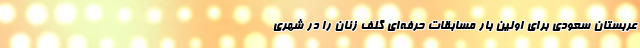
عربستان سعودی برای اولین بار مسابقات حرفه‌ای گلف زنان را در شهری